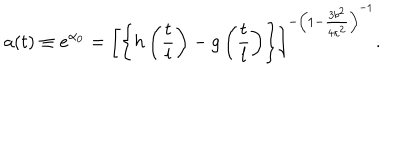
a ( t ) \equiv e ^ { \alpha _ { 0 } } = \left[ \left\{ h \left( \frac { t } { l } \right) - g \left( \frac { t } { l } \right) \right\} \right] ^ { - \left( 1 - \frac { 3 b ^ { 2 } } { 4 \kappa ^ { 2 } } \right) ^ { - 1 } } .